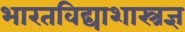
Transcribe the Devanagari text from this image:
भारतविद्याशास्त्रज्ञ